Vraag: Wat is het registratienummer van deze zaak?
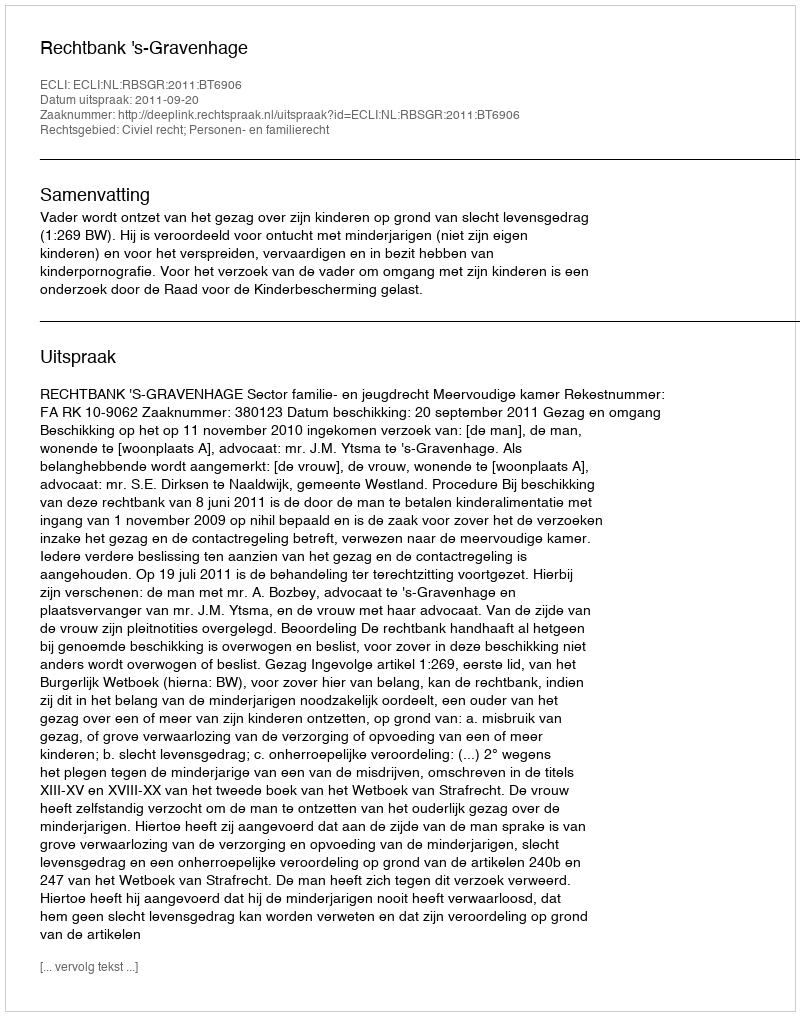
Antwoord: http://deeplink.rechtspraak.nl/uitspraak?id=ECLI:NL:RBSGR:2011:BT6906